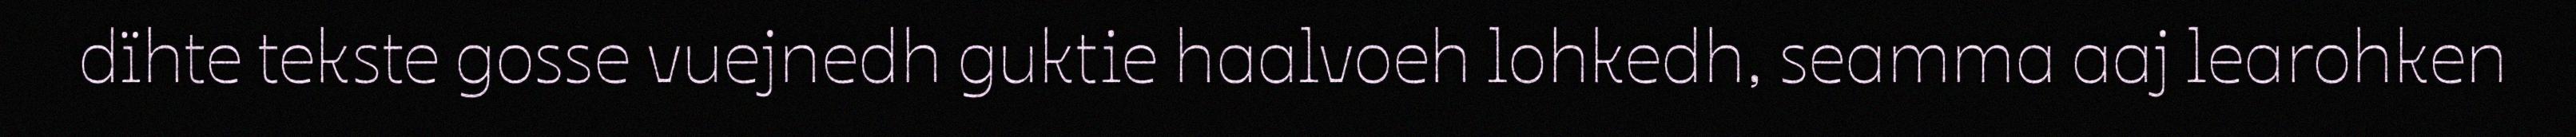
dïhte tekste gosse vuejnedh guktie haalvoeh lohkedh, seamma aaj learohken